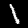
Digit: 1